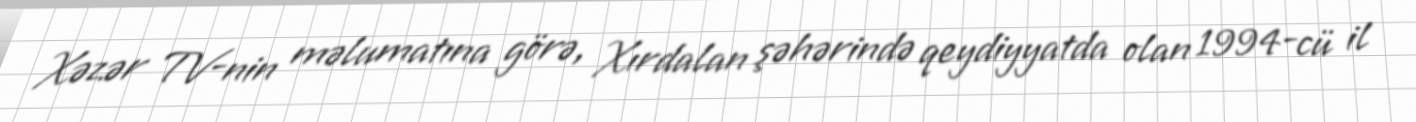
Xəzər TV-nin məlumatına görə, Xırdalan şəhərində qeydiyyatda olan 1994-cü il